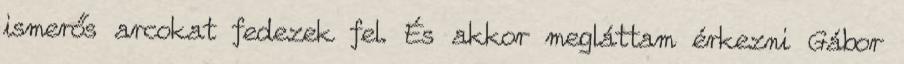
ismerős arcokat fedezek fel. És akkor meglát­tam érkezni Gábor